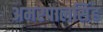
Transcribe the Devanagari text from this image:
अमरपालसिंह